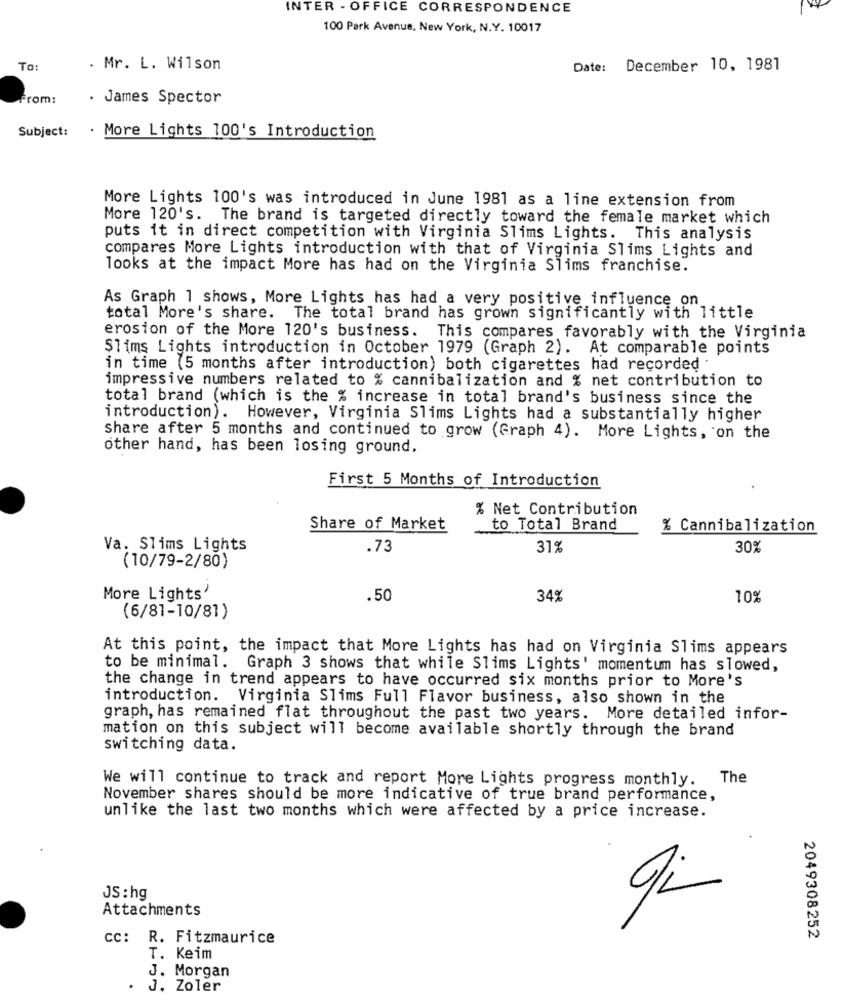
INTER - OFFICE CORRESPONDENCE
100 Park Avenue, New York, N.Y. 10017
To:
. Mr. L. Wilson
Date: December 10, 1981
From:
. James Spector
Subject:
. More Lights 100's Introduction
More Lights 100's was introduced in June 1981 as a line extension from
More 120's. The brand is targeted directly toward the female market which
puts it in direct competition with Virginia Slims Lights. This analysis
compares More Lights introduction with that of Virginia Slims Lights and
looks at the impact More has had on the Virginia Slims franchise.
As Graph 1 shows, More Lights has had a very positive influence on
total More's share.
The total brand has grown significantly with little
erosion of the More 120's business. This compares favorably with the Virginia
Slims Lights introduction in October 1979 (Graph 2). At comparable points
in time (5 months after introduction) both cigarettes had recorded
impressive numbers related to % cannibalization and % net contribution to
total brand (which is the % increase in total brand's business since the
introduction). However, Virginia Slims Lights had a substantially higher
share after 5 months and continued to grow (Graph 4). More Lights, on the
other hand, has been losing ground.
First 5 Months of Introduction
% Net Contribution
Share of Market
to Total Brand
% Cannibalization
Va. Slims Lights
.73
31%
30%
(10/79-2/80)
More Lights'
.50
34%
10%
(6/81-10/81)
At this point, the impact that More Lights has had on Virginia Slims appears
to be minimal. Graph 3 shows that while Slims Lights' momentum has slowed,
the change in trend appears to have occurred six months prior to More's
introduction. Virginia Slims Full Flavor business, also shown in the
graph, has remained flat throughout the past two years. More detailed infor-
mation on this subject will become available shortly through the brand
switching data.
We will continue to track and report More Lights progress monthly. The
November shares should be more indicative of true brand performance,
unlike the last two months which were affected by a price increase.
JS : hg
Attachments
gi
cc: R. Fitzmaurice
2049308252
T. Keim
J. Morgan
.
J. Zoler